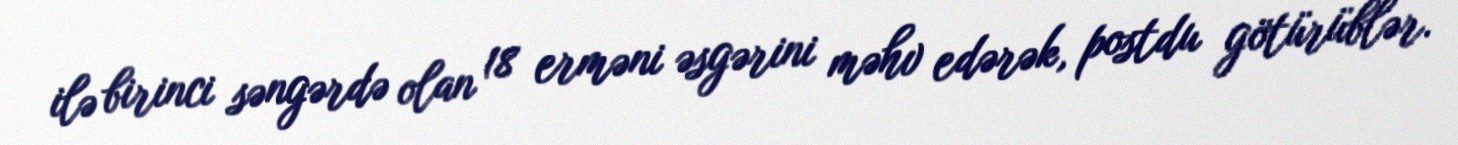
ilə birinci səngərdə olan 18 erməni əsgərini məhv edərək, postdu götürüblər.